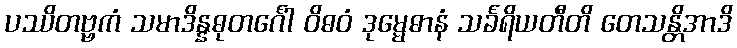
ပဿိတဗ္ဗကံ သမာဒိန္နဓုတင်္ဂေါ ဝိဓဝံ ဒုမ္မေဓာနံ သင်္ခရိယတီတိ တေသန္တိအာဒိ